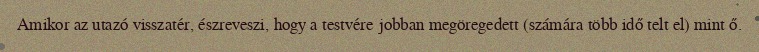
Amikor az utazó visszatér, észreveszi, hogy a testvére jobban megöregedett (számára több idő telt el) mint ő.